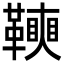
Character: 𩍟